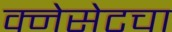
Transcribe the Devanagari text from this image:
क्नेसेटचा